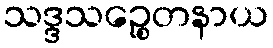
သဒ္ဒသဉ္စေတနာယ